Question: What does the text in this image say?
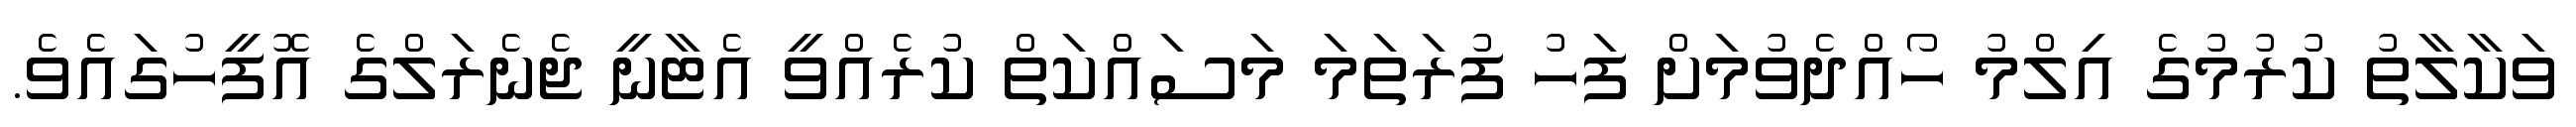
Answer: ވަކާލާތު ކުރުމުގެ އިލްމު ހޯއްދެވުމަށް ފަހު ފުރަތަމަ މަސައްކަތް ކުރެއްވީ އެޓާނީ ޖެނެރަލްގެ އޮފީހުގައެވެ.